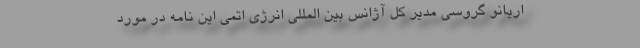
اریانو گروسی مدیر کل آژانس بین المللی انرژی اتمی این نامه در مورد